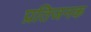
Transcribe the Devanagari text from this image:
प्रतिजनक